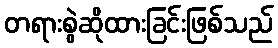
တရားစွဲဆိုထားခြင်းဖြစ်သည်